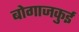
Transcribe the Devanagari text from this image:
बोगाजकुई